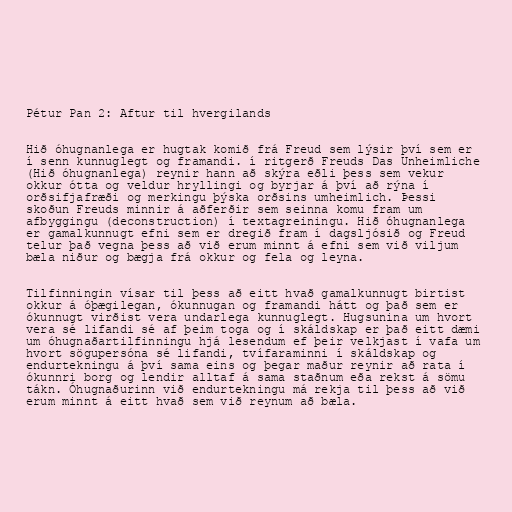
Pétur Pan 2: Aftur til hvergilands

Hið óhugnanlega er hugtak komið frá Freud sem lýsir því sem er
í senn kunnuglegt og framandi. í ritgerð Freuds Das Unheimliche
(Hið óhugnanlega) reynir hann að skýra eðli þess sem vekur
okkur ótta og veldur hryllingi og byrjar á því að rýna í
orðsifjafræði og merkingu þýska orðsins umheimlich. Þessi
skoðun Freuds minnir á aðferðir sem seinna komu fram um
afbyggingu (deconstruction) í textagreiningu. Hið óhugnanlega
er gamalkunnugt efni sem er dregið fram í dagsljósið og Freud
telur það vegna þess að við erum minnt á efni sem við viljum
bæla niður og bægja frá okkur og fela og leyna.

Tilfinningin vísar til þess að eitt hvað gamalkunnugt birtist
okkur á óþægilegan, ókunnugan og framandi hátt og það sem er
ókunnugt virðist vera undarlega kunnuglegt. Hugsunina um hvort
vera sé lifandi sé af þeim toga og í skáldskap er það eitt dæmi
um óhugnaðartilfinningu hjá lesendum ef þeir velkjast í vafa um
hvort sögupersóna sé lifandi, tvífaraminni í skáldskap og
endurtekningu á því sama eins og þegar maður reynir að rata í
ókunnri borg og lendir alltaf á sama staðnum eða rekst á sömu
tákn. Óhugnaðurinn við endurtekningu má rekja til þess að við
erum minnt á eitt hvað sem við reynum að bæla.